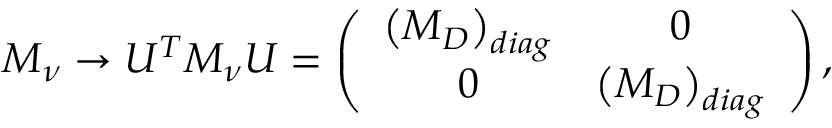
M _ { \nu } \rightarrow U ^ { T } M _ { \nu } U = \left( \begin{array} { c c } { { \left( M _ { D } \right) _ { d i a g } } } & { { 0 } } \\ { { 0 } } & { { \left( M _ { D } \right) _ { d i a g } } } \end{array} \right) ,